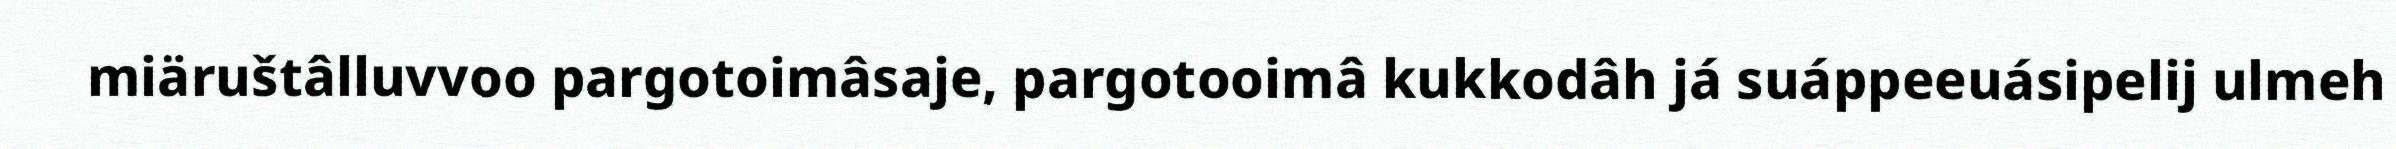
miäruštâlluvvoo pargotoimâsaje, pargotooimâ kukkodâh já suáppeeuásipelij ulmeh